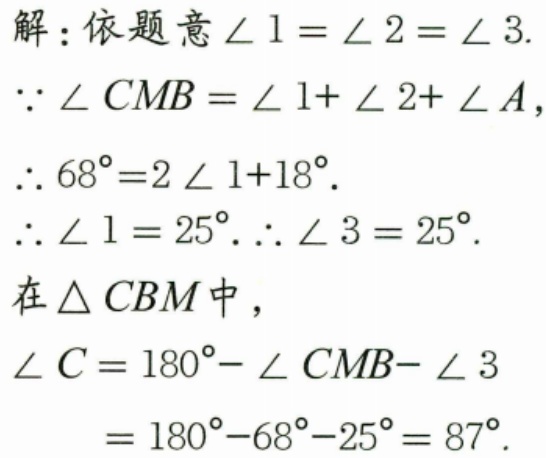
解：依题意\(\angle 1 = \angle 2 = \angle 3\).
\(\because \angle CMB=\angle 1+\angle 2+\angle A\)，
\(\therefore 68^{\circ}=2\angle 1 + 18^{\circ}\).
\(\therefore \angle 1 = 25^{\circ}.\therefore \angle 3 = 25^{\circ}\).
在\(\triangle CBM\)中，
\(\begin{align*}
\angle C&=180^{\circ}-\angle CMB - \angle 3\\
&=180^{\circ}-68^{\circ}-25^{\circ}= 87^{\circ}.
\end{align*}\)